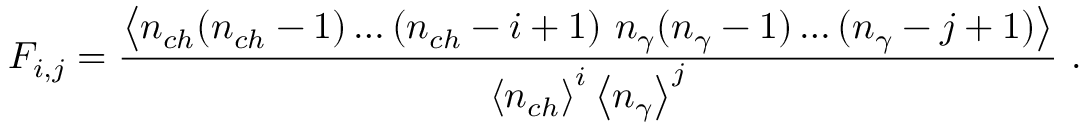
F _ { i , j } = \frac { \left< n _ { c h } ( n _ { c h } - 1 ) \ldots ( n _ { c h } - i + 1 ) ~ n _ { \gamma } ( n _ { \gamma } - 1 ) \ldots ( n _ { \gamma } - j + 1 ) \right> } { \left< n _ { c h } \right> ^ { i } \left< n _ { \gamma } \right> ^ { j } } \ .